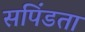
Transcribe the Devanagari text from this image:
सपिंडता